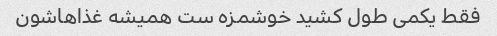
فقط یکمی طول کشید خوشمزه ست همیشه غذاهاشون